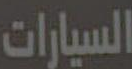
السيارات